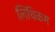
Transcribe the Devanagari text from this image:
लिंथिकम